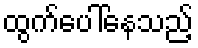
ထွက်ပေါ်နေသည့်